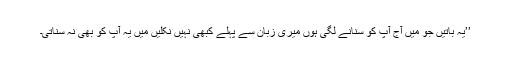
’’یہ باتیں جو میں آج آپ کو سُنانے لگی ہوں میری زبان سے پہلے کبھی نہیں نکلیں میں یہ آپ کو بھی نہ سُناتی۔